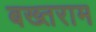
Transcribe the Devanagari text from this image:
बख्तराम